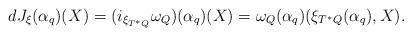
LaTeX: \begin{align*} dJ_{\xi}(\alpha_q)(X)=(i_{\xi_{T^*Q}}\omega_Q)(\alpha_q)(X)=\omega_Q(\alpha_q)(\xi_{T^*Q}(\alpha_q),X). \end{align*}